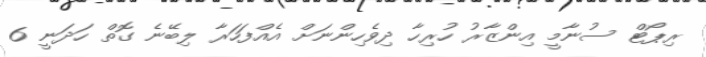
ރިޕޯޓް ސުނާމީ އިންޒާރު ހުރިހާ ދިވެހިންނަށް އެއްފަހަރާ ލިބޭނެ ގޮތް ހަދަނީ 6